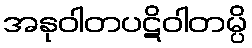
အနုဝါတပဋိဝါတမ္ပိ